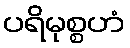
ပရိမုစ္စဟံ